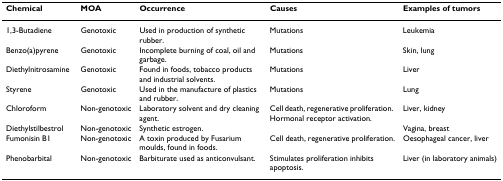
| Chemical | MOA | Occurrence | Causes | Examples of tumors |
 | --- | --- | --- | --- | --- |
 | 1,3-Butadiene | Genotoxic | Used in production of synthetic rubber. | Mutations | Leukemia |
 | Benzo(a)pyrene | Genotoxic | Incomplete burning of coal, oil and garbage. | Mutations | Skin, lung |
 | Diethylnitrosamine | Genotoxic | Found in foods, tobacco products and industrial solvents. | Mutations | Liver |
 | Styrene | Genotoxic | Used in the manufacture of plastics and rubber. | Mutations | Lung |
 | Chloroform | Non-genotoxic | Laboratory solvent and dry cleaning agent. | Cell death, regenerative proliferation. Hormonal receptor activation. | Liver, kidney |
 | Diethylstilbestrol | Non-genotoxic | Synthetic estrogen. |  | Vagina, breast |
 | Fumonisin B1 | Non-genotoxic | A toxin produced by Fusarium moulds, found in foods. | Cell death, regenerative proliferation. | Oesophageal cancer, liver |
 | Phenobarbital | Non-genotoxic | Barbiturate used as anticonvulsant. | Stimulates proliferation inhibits apoptosis. | Liver (in laboratory animals) |